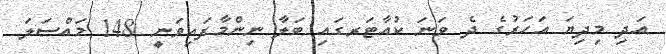
އަދި މިދިޔަ އަހަރުގެ ދެ ވަނަ ކުއާޓަރގައި ބަލާ ނިންމާފައިވަނީ 148 މައްސަލަ